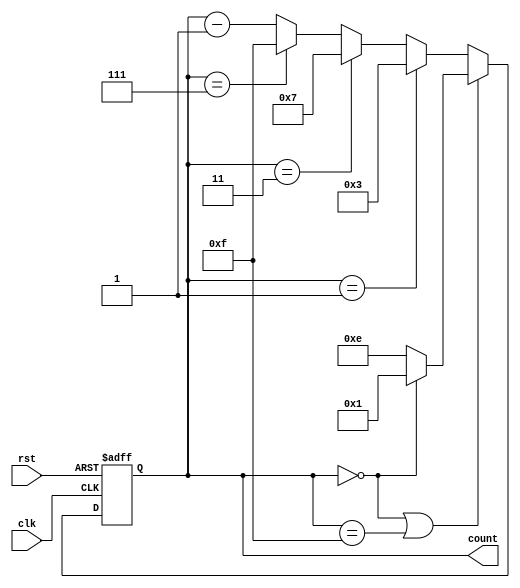
module johnson_counter (
    input wire clk,
    input wire rst,
    output reg [3:0] count
);

reg [3:0] next_count;

always @(posedge clk or posedge rst) begin
    if (rst) begin
        count <= 4'b0000;
    end else begin
        count <= next_count;
    end
end

always @(*) begin
    if (count == 4'b0000 || count == 4'b1111) begin
        next_count = (count == 4'b0000) ? 4'b0001 : 4'b1110;
    end else if (count == 4'b0001) begin
        next_count = 4'b0011;
    end else if (count == 4'b0011) begin
        next_count = 4'b0111;
    end else if (count == 4'b0111) begin
        next_count = 4'b1111;
    end else begin
        next_count = count - 1;
    end
end

endmodule